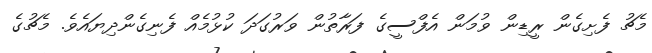
މެޗު ފެށިގެން ރީޑިން ވުމަން އެފްސީގެ ފަރާތުން ވަރުގަދަ ކުޅުމެއް ފެނިގެންދިޔައެވެ. މެޗުގެ